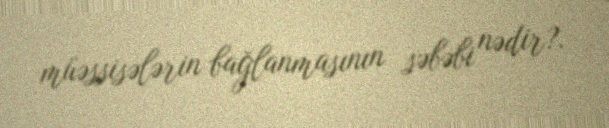
müəssisələrin bağlanmasının səbəbi nədir?.